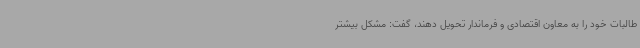
طالبات خود را به معاون اقتصادی و فرماندار تحویل دهند، گفت: مشکل بیشتر